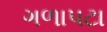
ગળાપટા